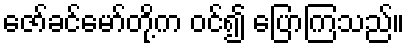
ဇော်ခင်မော်တို့က ဝင်၍ ပြောကြသည်။